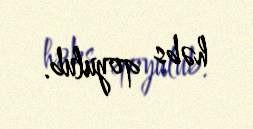
həbs qoyulub.